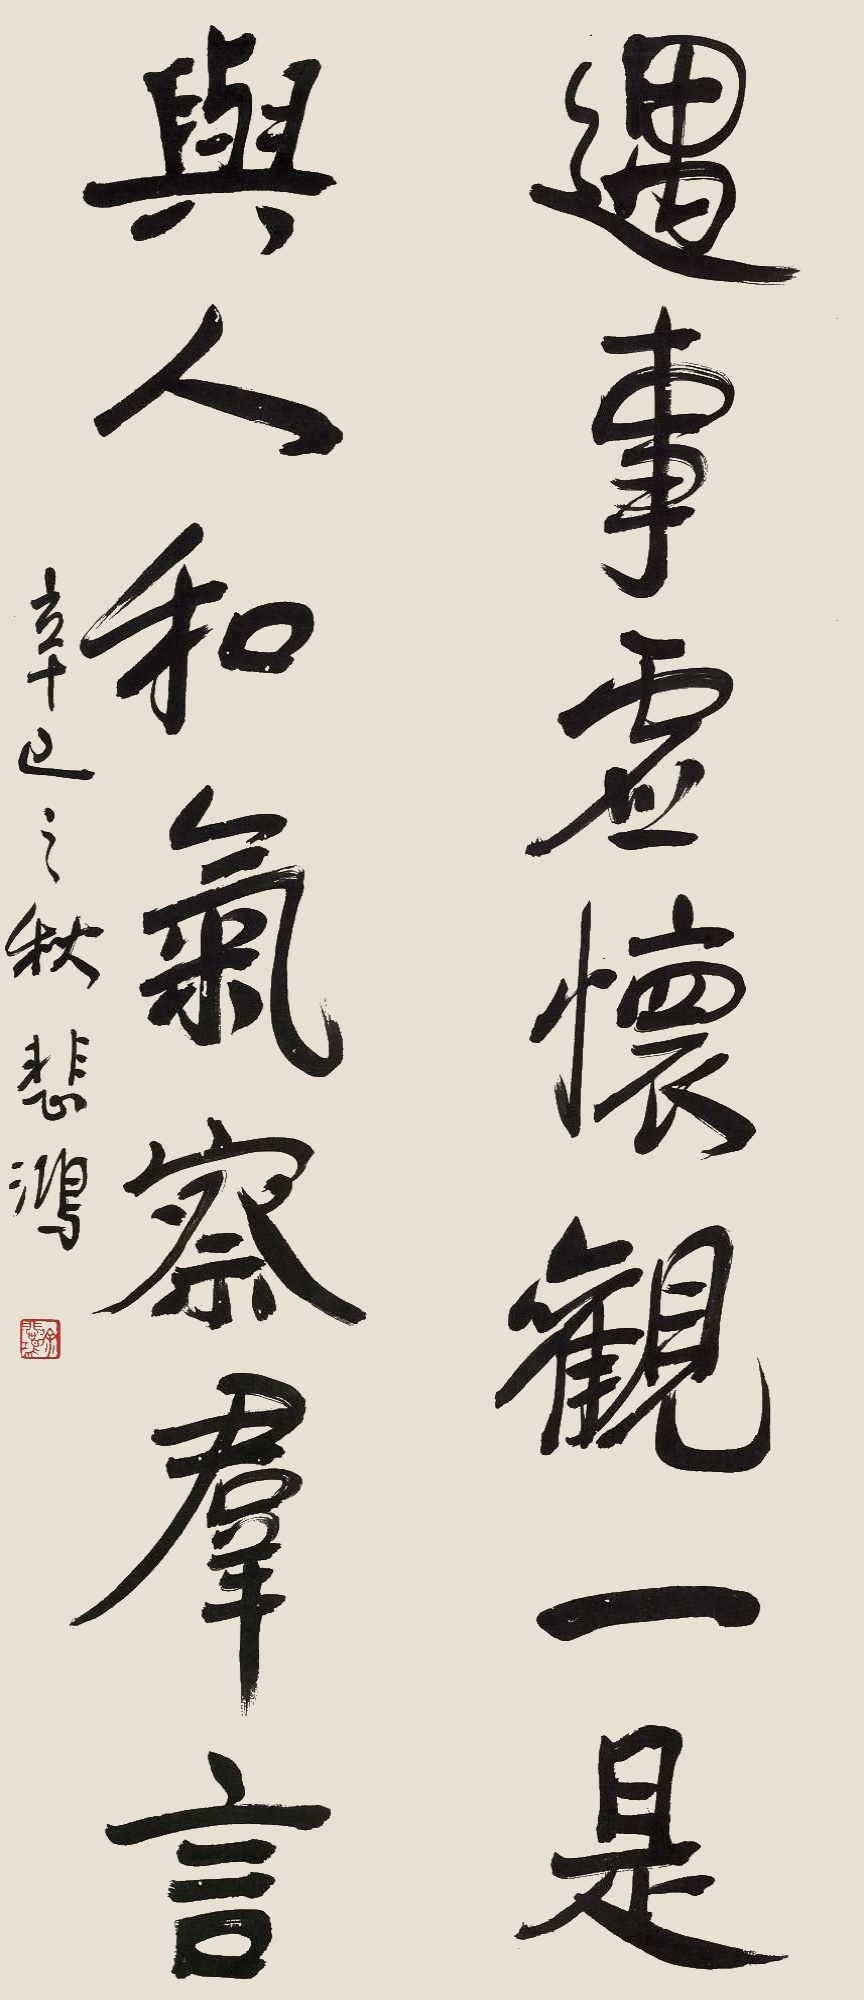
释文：遇事虚怀观一是，与人和气察群言。辛巳之秋，悲鸿。